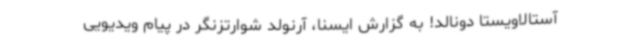
آستالاویستا دونالد! به گزارش ایسنا، آرنولد شوارتزنگر در پیام ویدیویی